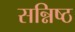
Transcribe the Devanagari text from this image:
सन्निष्ठ